Indian journal of veterinary science and animal husbandry - Volume 14,
Year: 1944
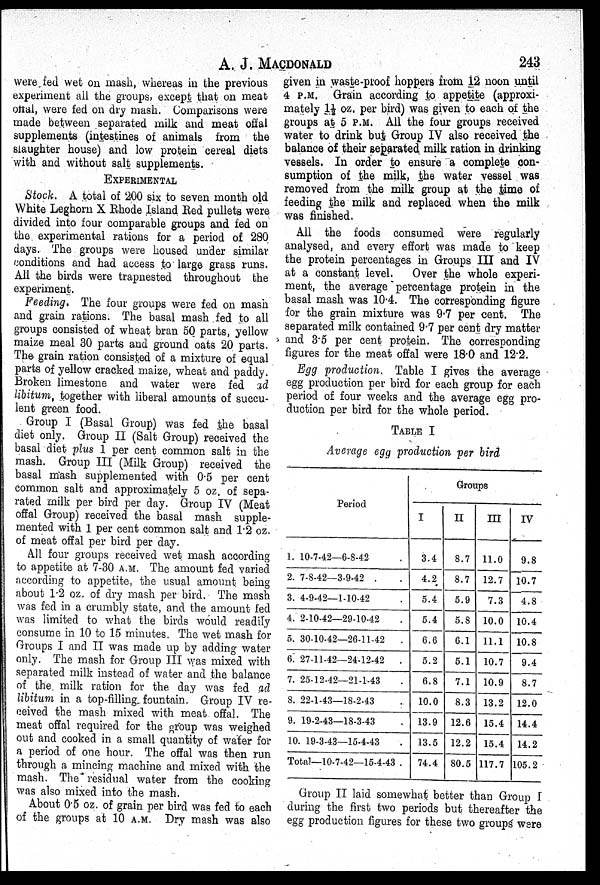
A. J.
MACDONALD
243
were fed wet on mash, whereas in the previous
experiment all the groups, except that on meat
offal, were fed on dry mash. Comparisons were
made between separated milk and meat offal
supplements (intestines of animals from the
slaughter house) and low protein cereal diets
with and without salt supplements.
EXPERIMENTAL
Stock. A total of 200 six to seven month old
White Leghorn X Rhode Island Red pullets were
divided into four comparable groups and fed on
the experimental rations for a period of 280
days. The groups were housed under similar
conditions and had access to large grass runs.
All the birds were trapnested throughout the
experiment.
Feeding. The four groups were fed on mash
and grain rations. The basal mash fed to all
groups consisted of wheat bran 50 parts, yellow
maize meal 30 parts and ground oats 20 parts.
The grain ration consisted of a mixture of equal
parts of yellow cracked maize, wheat and paddy.
Broken limestone and water were fed ad
libitum, together with liberal amounts of succu-
lent green food.
Group I (Basal Group) was fed the basal
diet only. Group II (Salt Group) received the
basal diet plus 1 per cent common salt in the
mash. Group III (Milk Group) received the
basal mash supplemented with 0.5 per cent
common salt and approximately 5 oz. of sepa-
rated milk per bird per day. Group IV (Meat
offal Group) received the basal mash supple-
mented with 1 per cent common salt and 1.2 oz.
of meat offal per bird per day.
All four groups received wet mash according
to appetite at 7-30 A.M. The amount fed varied
according to appetite, the usual amount being
about 1.2 oz. of dry mash per bird. The mash
was fed in a crumbly state, and the amount fed
was limited to what the birds would readily
consume in 10 to 15 minutes. The wet mash for
Groups I and II was made up by adding water
only. The mash for Group III was mixed with
separated milk instead of water and the balance
of the milk ration for the day was fed ad
libitum in a top-filling fountain. Group IV re-
ceived the mash mixed with meat offal. The
meat offal required for the group was weighed
out and cooked in a small quantity of water for
a period of one hour. The offal was then run
through a mincing machine and mixed with the
mash. The residual water from the cooking
was also mixed into the mash.
About 0.5 oz. of grain per bird was fed to each
of the groups at 10 A.M. Dry mash was also
given in waste-proof hoppers from 12 noon until
4 P.M. Grain according to appetite (approxi-
mately 1½ oz. per bird) was given to each of the
groups at 5 P.M. All the four groups received
water to drink but Group IV also received the
balance of their separated milk ration in drinking
vessels. In order to ensure a complete con-
sumption of the milk, the water vessel was
removed from the milk group at the time of
feeding the milk and replaced when the milk
was finished.
All the foods consumed were regularly
analysed, and every effort was made to keep
the protein percentages in Groups III and IV
at a constant level. Over the whole experi-
ment, the average percentage protein in the
basal mash was 10.4. The corresponding figure
for the grain mixture was 9.7 per cent. The
separated milk contained 9.7 per cent dry matter
and 3.5 per cent protein. The corresponding
figures for the meat offal were 18.0 and 122.
Egg production. Table I gives the average
egg production per bird for each group for each
period of four weeks and the average egg pro-
duction per bird for the whole period.
TABLE I
Average egg production per bird
Period
1. 10-7-42—6-8-42 .
2. 7-8-42—3-9-42 . .
3. 4-9-42—1-10-42 .
4. 2-10-42—29-10-42 .
5. 30-10-42—26-11-42 .
6. 27-11-42—24-12-42 .
7. 25-12-42—21-1-43 .
8. 22-1-43—18-2-43 .
9. 19-2-43—18-3-43 .
10. 19-3-43—15-4-43 .
Total—10-7-42—15-4-43 .
Groups
I
3.4
4.2
5.4
5.4
6.6
5.2
6.8
10.0
13.9
13.5
74.4
II
8.7
8.7
5.9
5.8
6.1
5.1
7.1
8.3
12.6
12.2
80.5
III
11.0
12.7
7.3
10.0
11.1
10.7
10.9
13.2
15.4
15.4
117.7
IV
9.8
10.7
4.8
10.4
10.8
9.4
8.7
12.0
14.4
14.2
105.2
Group II laid somewhat better than Group I
during the first two periods but thereafter the
egg production figures for these two groups were